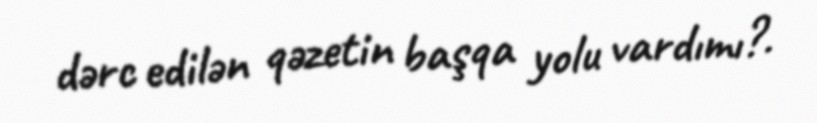
dərc edilən qəzetin başqa yolu vardımı?.